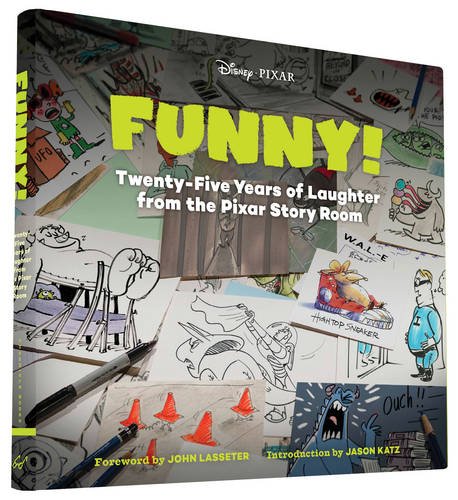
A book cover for Funny!: Twenty-Five Years in the Pixar Story Room (The Art of...); Pixar; Humor & Entertainment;